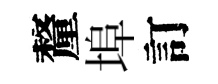
釐埠訂